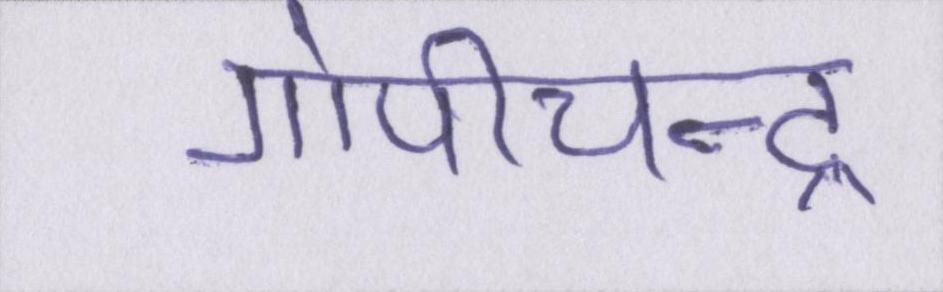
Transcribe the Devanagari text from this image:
गोपीचन्द्र